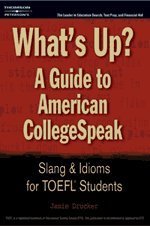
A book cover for What's Up?GuideTo American Coll Speak 1e (What's Up?: A Guide to American Collegespeak: Slang & Idioms for TOEFL Students); Peterson's; Reference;